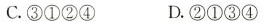
C.③①②④ D.②①③④